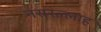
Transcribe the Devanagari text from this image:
नसरल्लाह